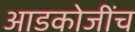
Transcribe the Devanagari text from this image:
आडकोजींच